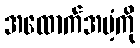
အထောက်အပံ့ကို